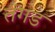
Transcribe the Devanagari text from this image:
तंगड